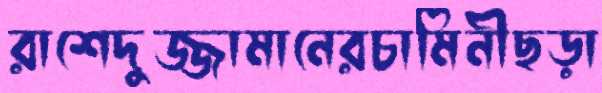
রাশেদুজ্জামানেরচামিনীছড়া